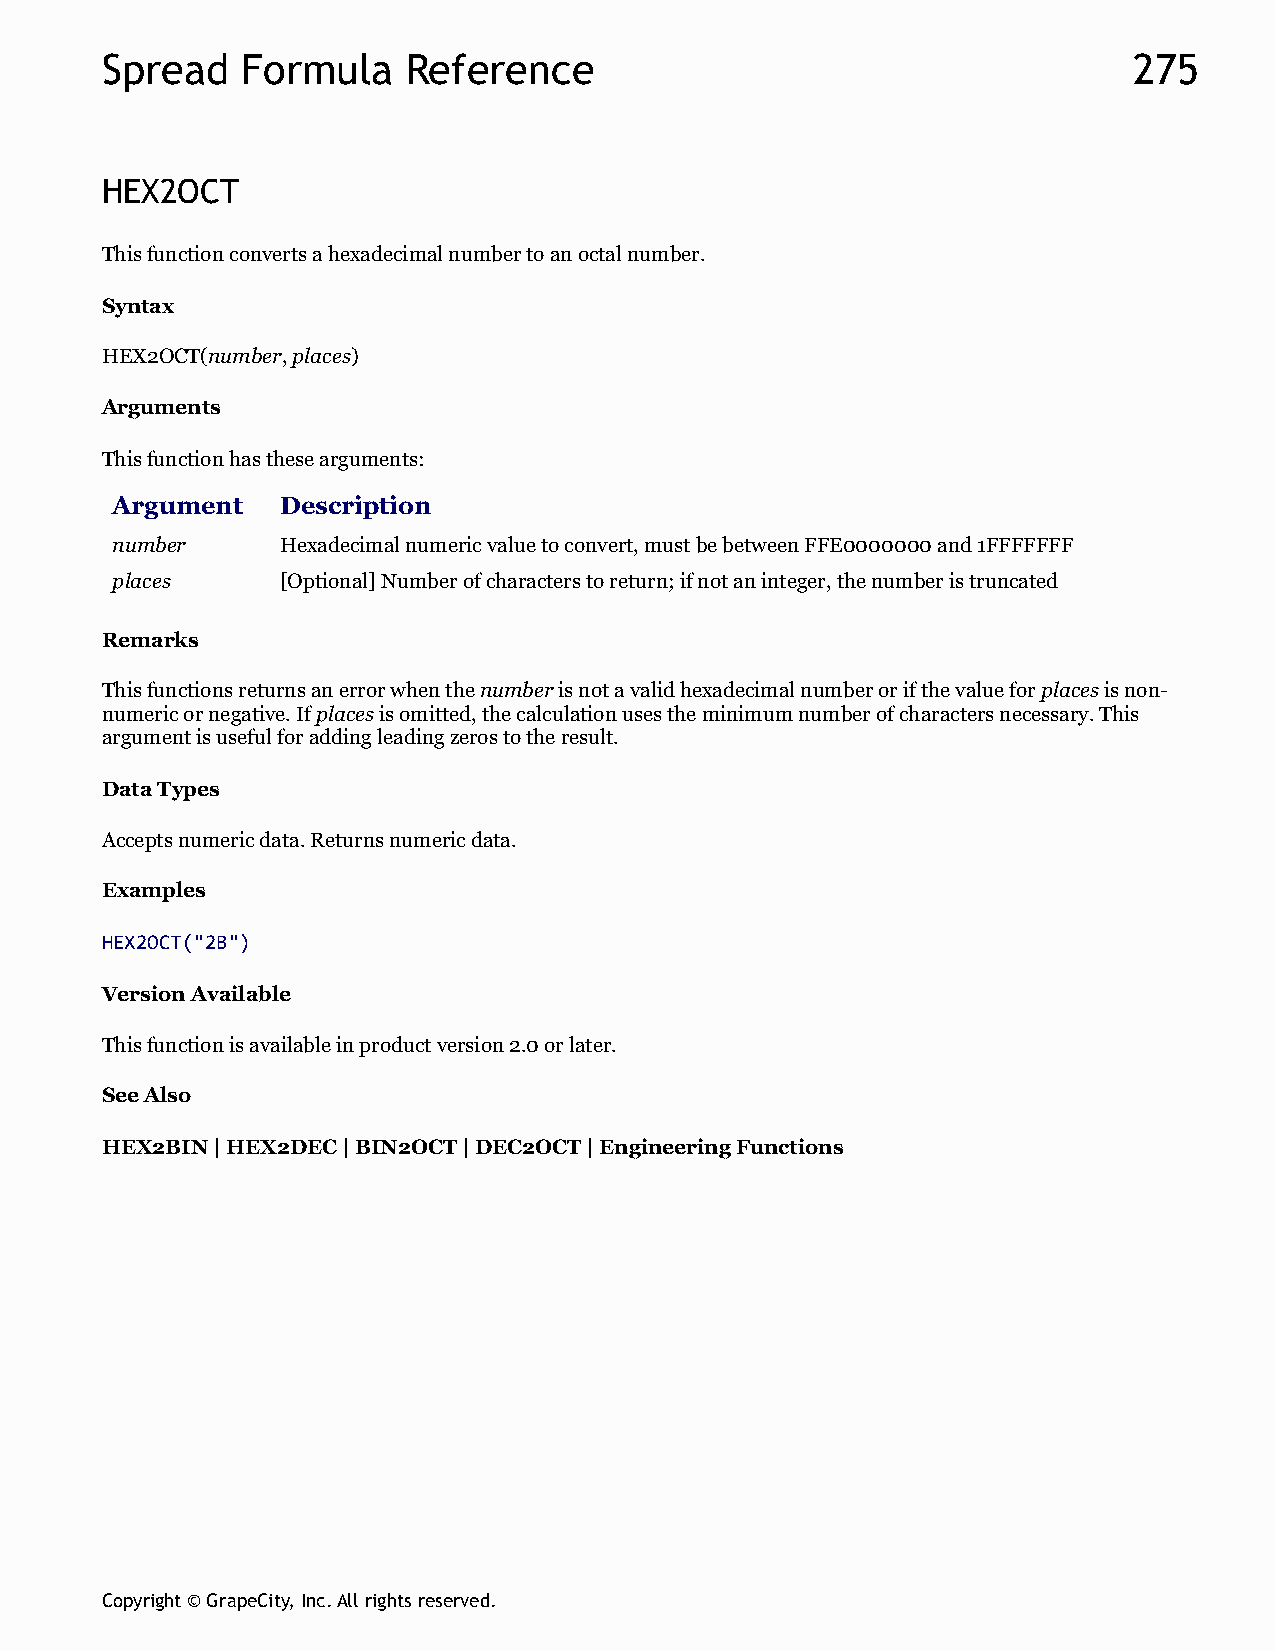
Spread   Formula    Reference                                       275
 HEX2OCT
 This function converts a hexadecimal number to an octal number.
 Syntax
 HEX2OCT(number, places)
 Arguments
 This function has these arguments:
 Argument    Description
 number      Hexadecimal numeric value to convert, must be between FFE0000000 and 1FFFFFFF
 places      [Optional] Number of characters to return; if not an integer, the number is truncated
 Remarks
 This functions returns an error when the number is not a valid hexadecimal number or if the value for places is non-
 numeric or negative. If places is omitted, the calculation uses the minimum number of characters necessary. This
 argument is useful for adding leading zeros to the result.
 Data Types
 Accepts numeric data. Returns numeric data.
 Examples
 HEX2OCT("2B")
 Version Available
 This function is available in product version 2.0 or later.
 See Also
 HEX2BIN | HEX2DEC | BIN2OCT | DEC2OCT | Engineering Functions
 Copyright © GrapeCity, Inc. All rights reserved.